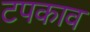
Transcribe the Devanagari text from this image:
टपकाव